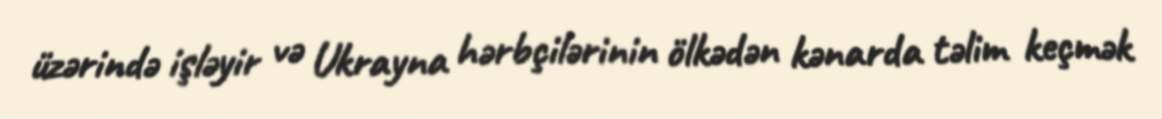
üzərində işləyir və Ukrayna hərbçilərinin ölkədən kənarda təlim keçmək